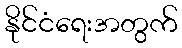
နိုင်ငံရေးအတွက်